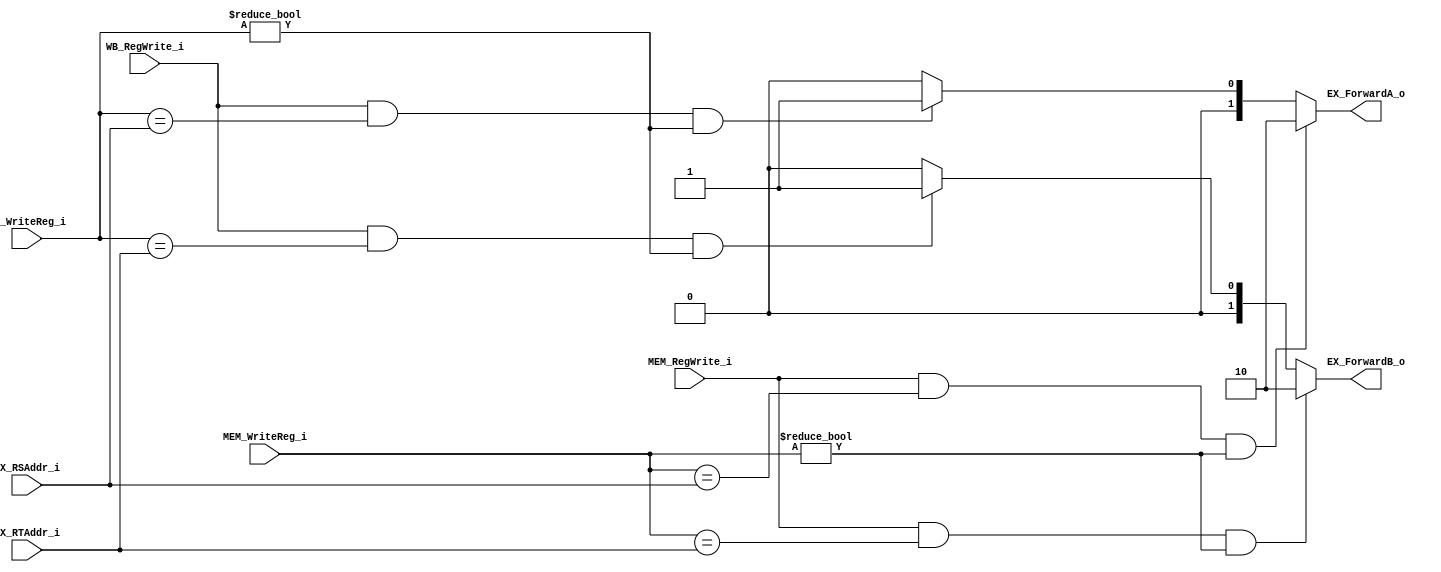
//109550070
module Forwarding_Unit(
        EX_RSAddr_i,
        EX_RTAddr_i,
        MEM_WriteReg_i,
        MEM_RegWrite_i,
        WB_WriteReg_i,
        WB_RegWrite_i,
        EX_ForwardA_o,
        EX_ForwardB_o
    );

input [5-1:0]  EX_RSAddr_i, EX_RTAddr_i,
               MEM_WriteReg_i, WB_WriteReg_i;
input MEM_RegWrite_i, WB_RegWrite_i;
output [2-1:0] EX_ForwardA_o, EX_ForwardB_o;

reg [2-1:0] EX_ForwardA_o, EX_ForwardB_o;

always@(*) begin
    if(MEM_RegWrite_i & (MEM_WriteReg_i==EX_RSAddr_i)
       & (MEM_WriteReg_i != 5'd0))
       EX_ForwardA_o <= 10;
    else if (WB_RegWrite_i & (WB_WriteReg_i==EX_RSAddr_i)
             & (WB_WriteReg_i != 5'd0))
        EX_ForwardA_o <= 01;
    else EX_ForwardA_o <= 00;

    if(MEM_RegWrite_i & (MEM_WriteReg_i==EX_RTAddr_i)
       & (MEM_WriteReg_i != 5'd0))
       EX_ForwardB_o <= 10;
    else if (WB_RegWrite_i & (WB_WriteReg_i==EX_RTAddr_i)
             & (WB_WriteReg_i != 5'd0))
        EX_ForwardB_o <= 01;
    else EX_ForwardB_o <= 00;
end

endmodule